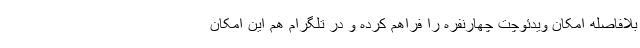
بلافاصله امکان ویدئوچت چهارنفره را فراهم کرده و در تلگرام هم این امکان